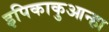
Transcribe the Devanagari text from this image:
इपिकाकुआन्हा